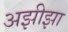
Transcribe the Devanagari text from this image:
अझीझा